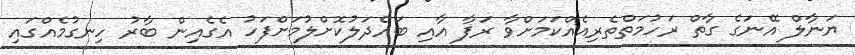
ޔަނާލް އޭނަގެ ގާތް ރަހުމަތްތެރިއެެއްކަމަށްވާ ރަފާ އާއި ބައްދަލުކޮށްލުމަށްފަހު އެގެއިން ބާރު ހިނގުމެއްގައި